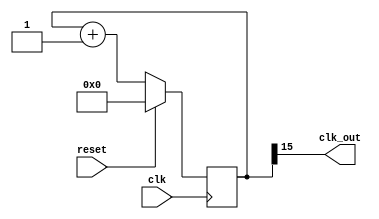
`timescale 1ns / 1ps
//////////////////////////////////////////////////////////////////////////////////
// Company: 
// Engineer: 
// 
// Design Name: 
// Module Name: clkdiv2
// Project Name: 
// Target Devices: 
// Tool Versions: 
// Description: 
// 
// Dependencies: 
// 
// Revision:
// Revision 0.01 - File Created
// Additional Comments:
// 
//////////////////////////////////////////////////////////////////////////////////


module clkdiv2(
    input clk,
    input reset,
    output clk_out
);
    reg [15:0] count;
    assign clk_out = count[15];
    always @(posedge clk)
        begin
        if (reset)
        count = 0;
        else
        count = count + 1;
    end
endmodule